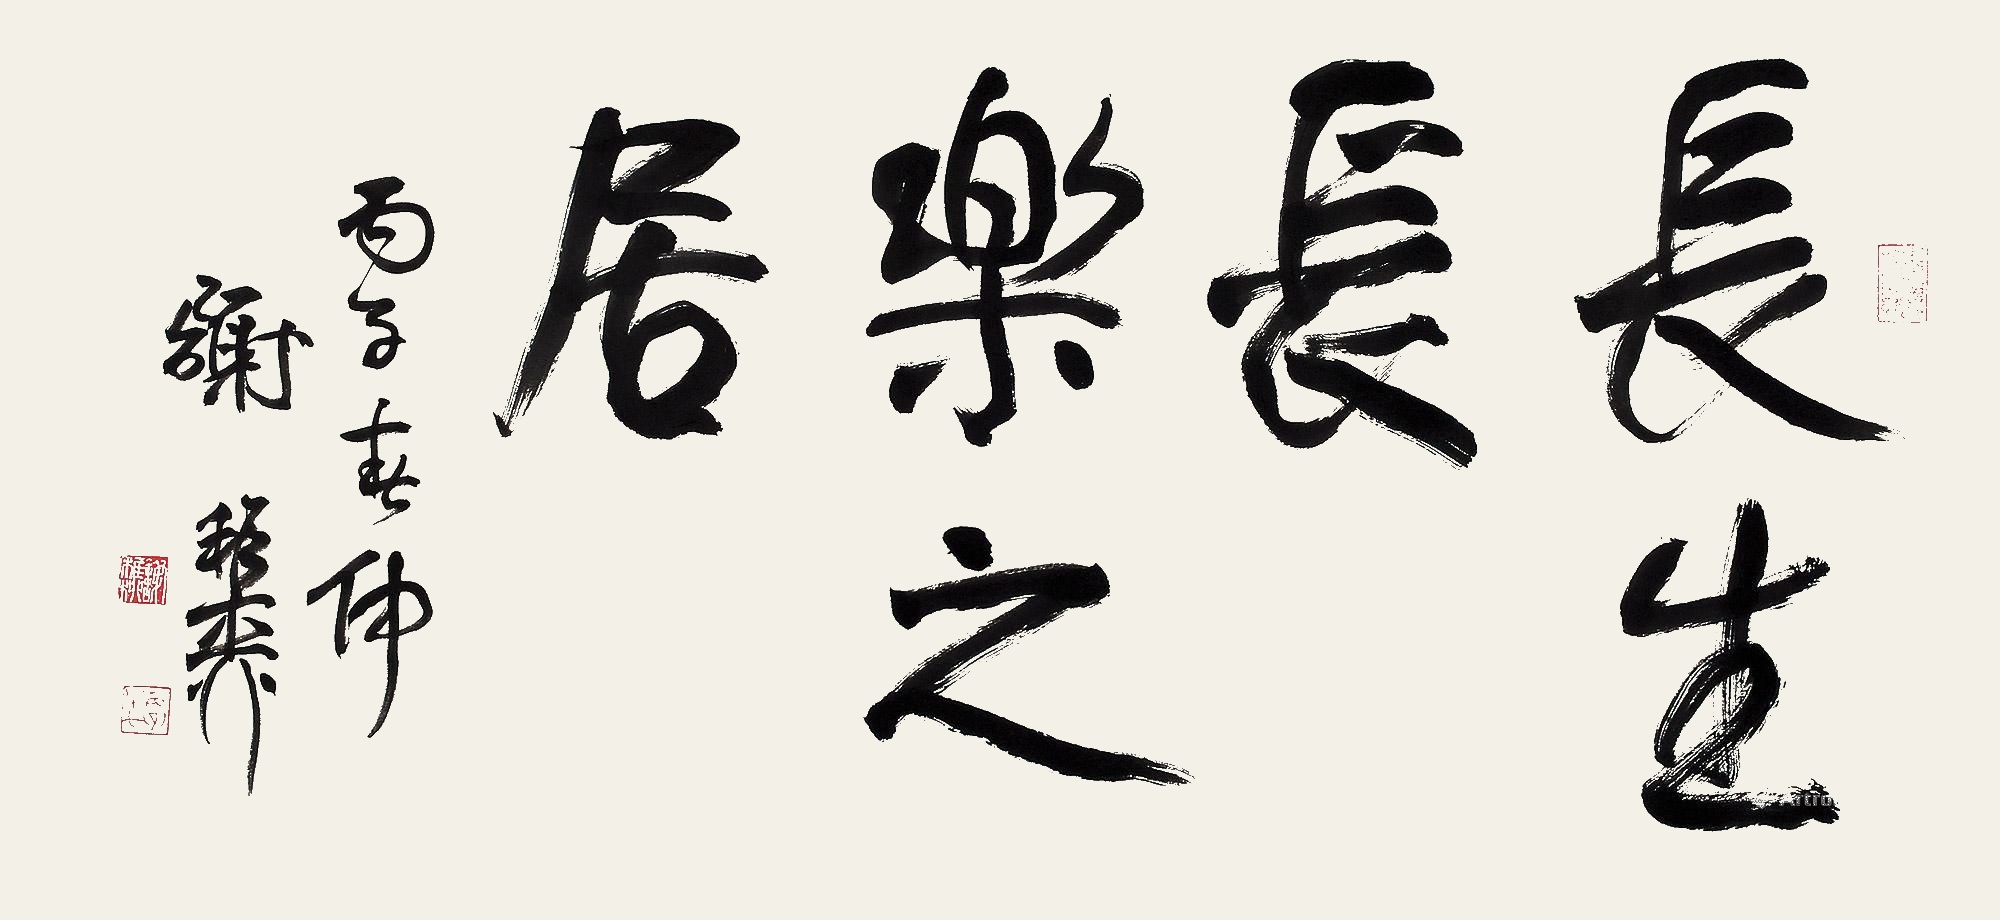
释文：长生长乐之居。丙午春仲。谢稚柳。